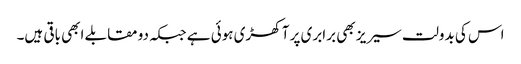
اس کی بدولت سیریز بھی برابری پر آ کھڑی ہوئی ہے جبکہ دو مقابلے ابھی باقی ہیں۔